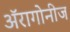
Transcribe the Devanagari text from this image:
अॅरागोनीज